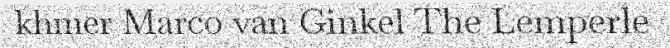
khmer Marco van Ginkel The Lemperle